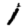
Digit: 1